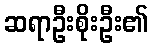
ဆရာဦးစိုးဦး၏